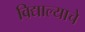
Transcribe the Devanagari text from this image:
विद्याल्याचे